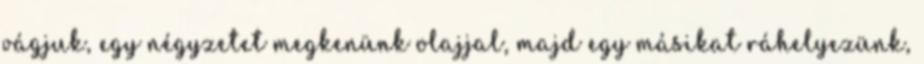
vágjuk, egy négyzetet megkenünk olajjal, majd egy másikat ráhelyezünk,